Civil Veterinary Department. Madras. Admin. report 1926-33 - 1926-1933
Year: 1926
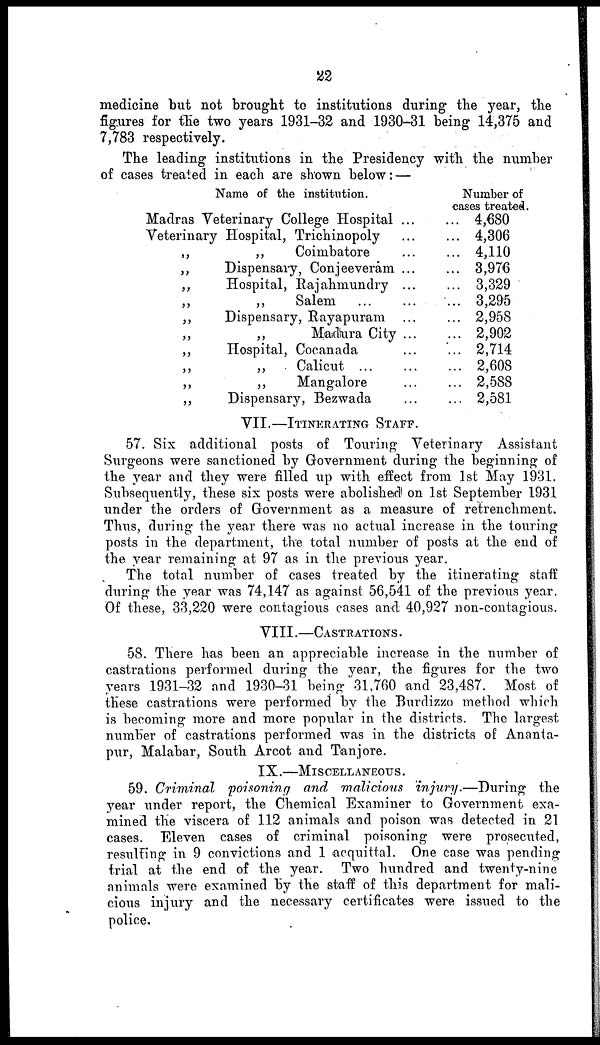
22
medicine but not brought to institutions during the year, the
figures for the two years 1931-32 and 1930-31 being 14,375 and
7,783 respectively.
The leading institutions in the Presidency with the number
of cases treated in each are shown below: —
Name of the institution.
Madras Veterinary College Hospital
Veterinary Hospital, Trichinopoly
„
„
Coimbatore
„
Dispensary, Conjeeveram
„
Hospital, Rajahrnundry
„
„
Salem
„
Dispensary, Rayapuram
„
„
Matdura City
„
Hospital, Cocanada
„
„
Calicut ...
„
„
Mangalore
„
Dispensary, Bezwada
...
...
...
...
...
...
...
...
...
...
...
...
Number of
cases treated.
... 4,680
... 4,306
... 4,110
... 3,976
... 3,329
... 3,295
... 2,958
... 2,902
... 2,714
... 2,608
... 2,588
... 2,581
VII.—ITINERATING STAFF.
57. Six additional posts of Touring Veterinary Assistant
Surgeons were sanctioned by Government during the beginning of
the year and they were filled up with effect from 1st May 1931.
Subsequently, these six posts were abolished! on 1st September 1931
under the orders of Government as a measure of retrenchment.
Thus, during the year there was no actual increase in the touring
posts in the department, the total number of posts at the end of
the year remaining at 97 as in the previous year.
The total number of cases treated by the itinerating staff
during the year was 74,147 as against 56,541 of the previous year.
Of these, 33,220 were contagious cases and 40,927 non-contagious.
VIII.—CASTRATIONS.
58. There has been an appreciable increase in the number of
castrations performed during the year, the figures for the two
years 1931-32 and 1930-31 being 31,760 and 23,487. Most of
these castrations were performed by the Burdizzo method which
is becoming more and more popular in the districts. The largest
number of castrations performed was in the districts of Ananta-
pur, Malabar, South Arcot and Tanjore.
IX.—MISCELLANEOUS.
59. Criminal poisoning and malicious injury.—During
the
year under report, the Chemical Examiner to Government exa-
mined the viscera of 112 animals and poison was detected in 21
cases. Eleven cases of criminal poisoning were prosecuted,
resulting in 9 convictions and 1 acquittal. One case was pending
trial at the end of the year. Two hundred and twenty-nine
animals were examined by the staff of this department for mali-
cious injury and the necessary certificates were issued to the
police.